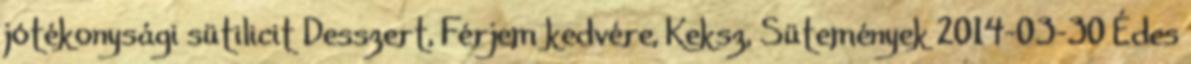
jótékonysági sütilicit Desszert, Férjem kedvére, Keksz, Sütemények 2014-03-30 Édes